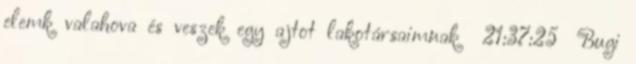
elemk valahova és veszek egy ajtot lakotársaimnak 21:37:25 Bugi